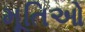
મૂતિઓ